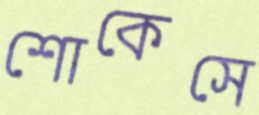
শোকেসে